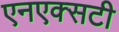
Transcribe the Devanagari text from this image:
एनएक्सटी